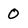
Character: 0